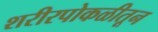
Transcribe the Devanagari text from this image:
शरीरपोकळीतून